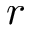
r